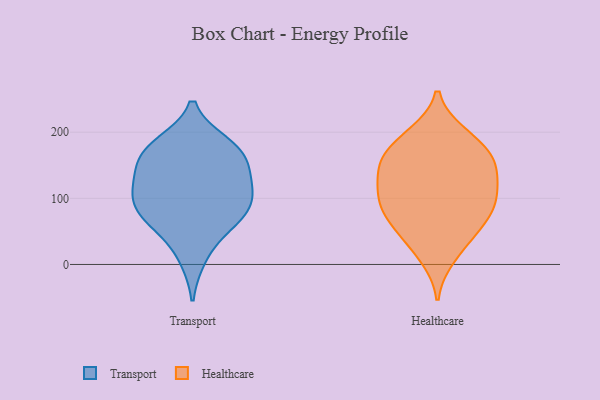
{"axis": {"x": "Inventory Turnover", "y": "Value"}, "legend": ["Healthcare", "Transport"], "data": [{"x": "", "y": 10, "type": "Transport"}, {"x": "", "y": 182, "type": "Transport"}, {"x": "", "y": 64, "type": "Transport"}, {"x": "", "y": 167, "type": "Transport"}, {"x": "", "y": 106, "type": "Transport"}, {"x": "", "y": 86, "type": "Transport"}, {"x": "", "y": 119, "type": "Transport"}, {"x": "", "y": 127, "type": "Transport"}, {"x": "", "y": 180, "type": "Transport"}, {"x": "", "y": 149, "type": "Transport"}, {"x": "", "y": 59, "type": "Transport"}, {"x": "", "y": 76, "type": "Transport"}, {"x": "", "y": 164, "type": "Transport"}, {"x": "", "y": 102, "type": "Transport"}, {"x": "", "y": 29, "type": "Healthcare"}, {"x": "", "y": 195, "type": "Healthcare"}, {"x": "", "y": 150, "type": "Healthcare"}, {"x": "", "y": 97, "type": "Healthcare"}, {"x": "", "y": 163, "type": "Healthcare"}, {"x": "", "y": 78, "type": "Healthcare"}, {"x": "", "y": 158, "type": "Healthcare"}, {"x": "", "y": 11, "type": "Healthcare"}, {"x": "", "y": 114, "type": "Healthcare"}, {"x": "", "y": 93, "type": "Healthcare"}, {"x": "", "y": 109, "type": "Healthcare"}, {"x": "", "y": 52, "type": "Healthcare"}, {"x": "", "y": 115, "type": "Healthcare"}, {"x": "", "y": 151, "type": "Healthcare"}, {"x": "", "y": 63, "type": "Healthcare"}, {"x": "", "y": 70, "type": "Healthcare"}, {"x": "", "y": 197, "type": "Healthcare"}, {"x": "", "y": 180, "type": "Healthcare"}, {"x": "", "y": 144, "type": "Healthcare"}]}